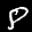
Label: 8